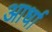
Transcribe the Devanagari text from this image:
आर्धा